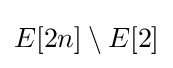
E[2n]\setminus E[2]